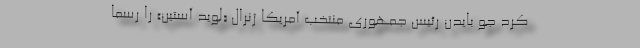
کرد جو بایدن رئیس جمهوری منتخب آمریکا ژنرال «لوید آستین» را رسما